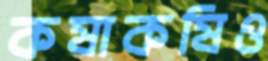
কষাকষিও